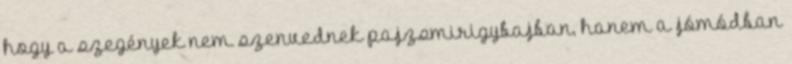
hogy a szegények nem szenvednek pajzsmirigybajban, hanem a jómódban